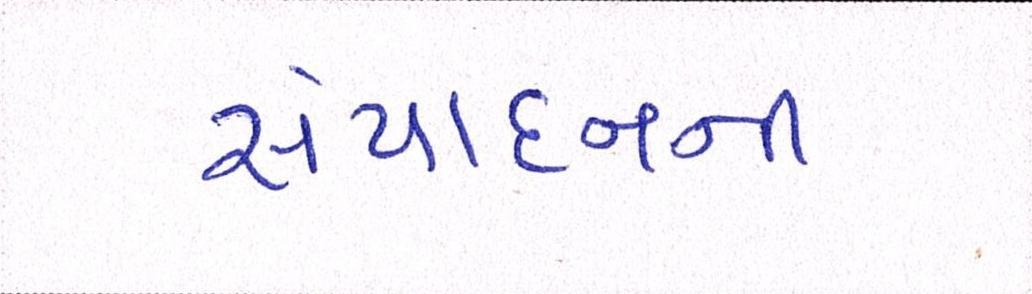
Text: સંપાદનની